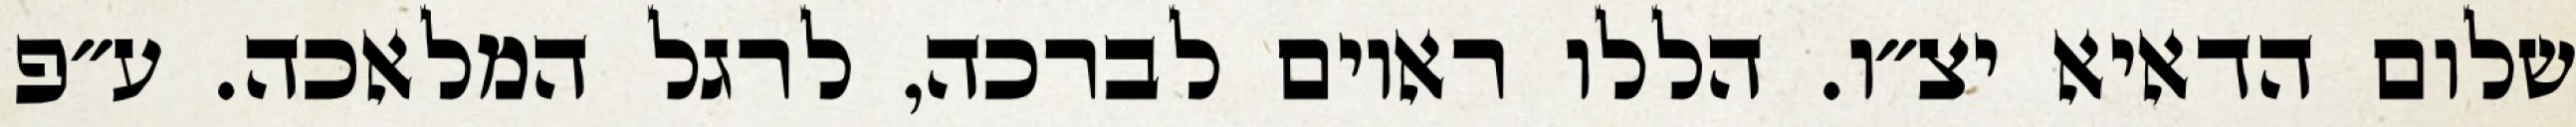
שלום הדאיא יצ״ו. הללו ראוים לברכה, לרגל המלאכה. ע״פ